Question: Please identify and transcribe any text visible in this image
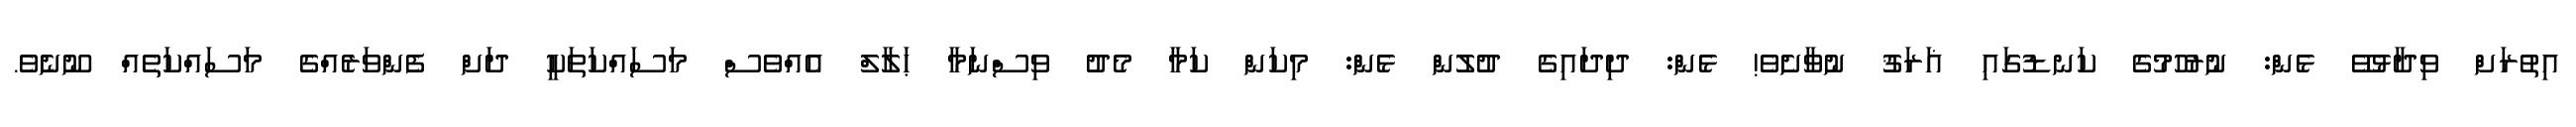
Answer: އިތުރަށް ވިދާޅުވޭ ޅެން: ނުރުހުމުގެ ކަނޑުގައި ޣަރަޤު ނުވާށެވެ! ޅެން: ދިދައިގެ ދުލުން ޅެން: މިކަން ކަމާ މެދު ވިސްނަމާ ޙަލާލް އެއްވެސް މަސައްކަތަކީ ދަށް ފެންވަރެއްގެ މަސައްކަތެއް ނޫނެވެ.